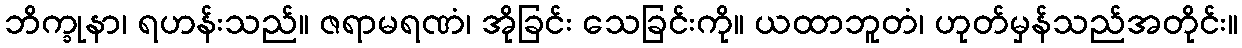
ဘိက္ခုနာ၊ ရဟန်းသည်။ ဇရာမရဏံ၊ အိုခြင်း သေခြင်းကို။ ယထာဘူတံ၊ ဟုတ်မှန်သည်အတိုင်း။